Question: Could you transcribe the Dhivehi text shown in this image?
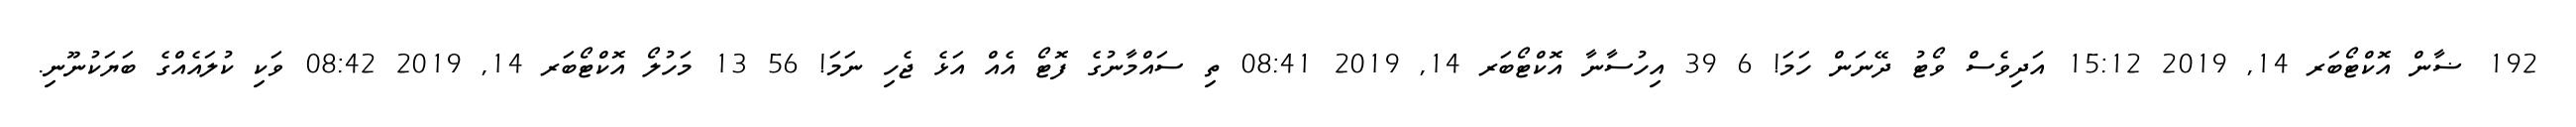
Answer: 192 ޟާން އޮކްޓޯބަރ 14, 2019 15:12 އަދިވެސް ވޯޓު ދޭނަން ހަމަ! 6 39 އިހުސާނާ އޮކްޓޯބަރ 14, 2019 08:41 ތި ސައްމާނުގެ ފޮޓޯ އެއް އަޅެ ޖެހި ނަމަ! 56 13 މަހުލޯ އޮކްޓޯބަރ 14, 2019 08:42 ވަކި ކުލައެއްގެ ބަޔަކުނޫނި.